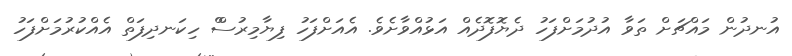
އުނދުން މައްޗަށް ތަވާ އުދުމަށްފަހު ދެޔޮފޮދެއް އަޅުއްވާށެވެ. އެއަށްފަހު ފިޔާމިރުސްް ހިކަނދިފަތް އެއްކުރުމަށްފަހު